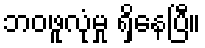
ဘဝဖူလုံမှု ရှိနေပြီ။